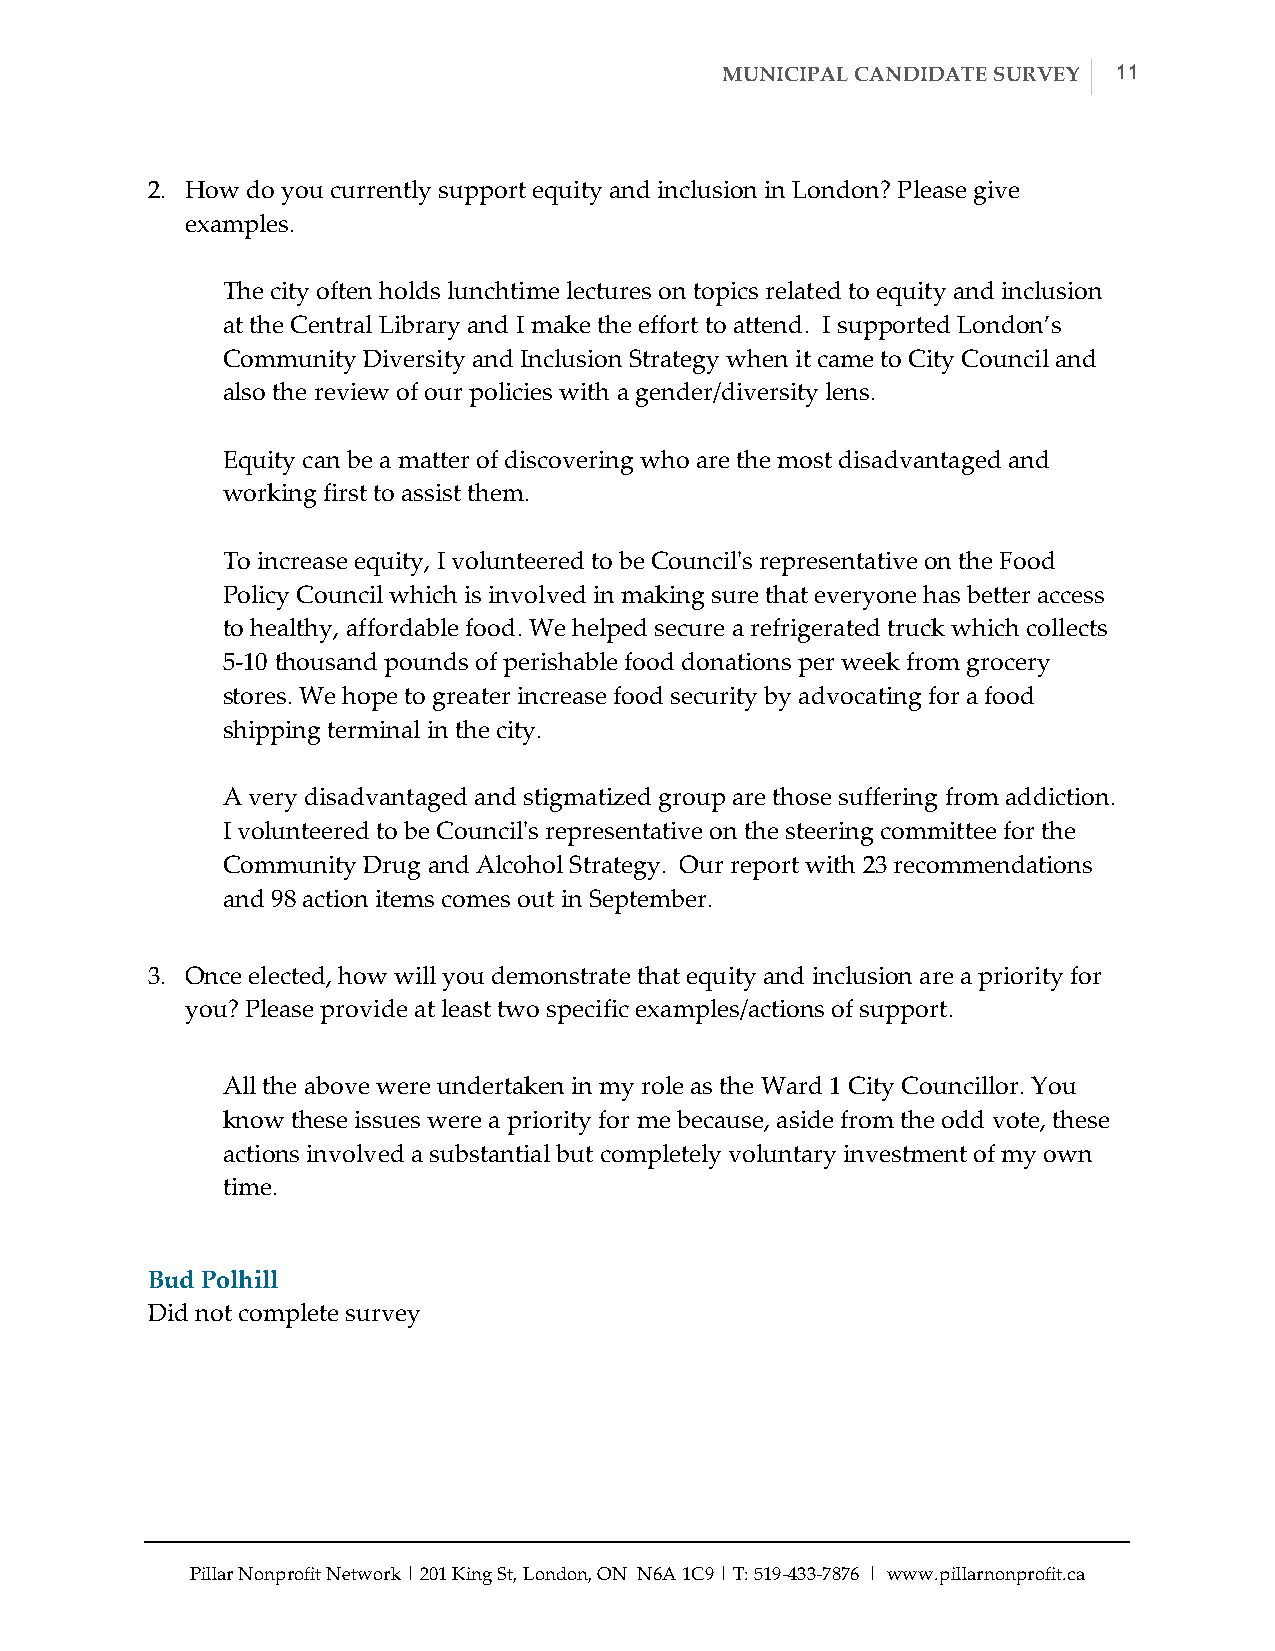
MUNICIPAL CANDIDATE SURVEY 11
 2. How do you currently support equity and inclusion in London? Please give
 examples.
 The city often holds lunchtime lectures on topics related to equity and inclusion
 at the Central Library and I make the effort to attend. I supported London’s
 Community Diversity and Inclusion Strategy when it came to City Council and
 also the review of our policies with a gender/diversity lens.
 Equity can be a matter of discovering who are the most disadvantaged and
 working first to assist them.
 To increase equity, I volunteered to be Council'ʹs representative on the Food
 Policy Council which is involved in making sure that everyone has better access
 to healthy, affordable food. We helped secure a refrigerated truck which collects
 5-­‐‑10 thousand pounds of perishable food donations per week from grocery
 stores. We hope to greater increase food security by advocating for a food
 shipping terminal in the city.
 A very disadvantaged and stigmatized group are those suffering from addiction.
 I volunteered to be Council'ʹs representative on the steering committee for the
 Community Drug and Alcohol Strategy. Our report with 23 recommendations
 and 98 action items comes out in September.
 3. Once elected, how will you demonstrate that equity and inclusion are a priority for
 you? Please provide at least two specific examples/actions of support.
 All the above were undertaken in my role as the Ward 1 City Councillor. You
 know these issues were a priority for me because, aside from the odd vote, these
 actions involved a substantial but completely voluntary investment of my own
 time.
 Bud Polhill
 Did not complete survey
 Pillar Nonprofit Network | 201 King St, London, ON N6A 1C9 | T: 519-­‐‑433-­‐‑7876 | www.pillarnonprofit.ca